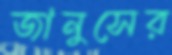
জানুসের